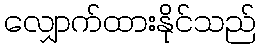
လျှောက်ထားနိုင်သည်